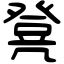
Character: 凳